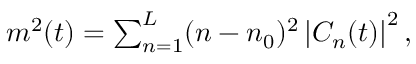
\begin{array} { r } { m ^ { 2 } ( t ) = \sum _ { n = 1 } ^ { L } ( n - n _ { 0 } ) ^ { 2 } \left\vert C _ { n } ( t ) \right\vert ^ { 2 } , } \end{array}